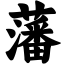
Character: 藩